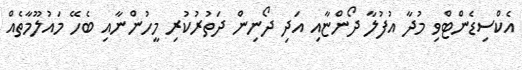
އެކްސިޑެންޓްވި މުދާ އުފުލާ ދޯންޏާއި އަދި ދޯނިން ދަތުރުކުރި މީހުންނާއި ބެހޭ މައުލޫމާތެއް